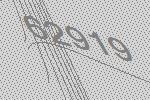
62919